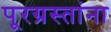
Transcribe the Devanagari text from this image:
पूरग्रस्‍तांना